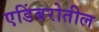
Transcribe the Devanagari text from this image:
एडिंबरोतील